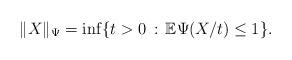
LaTeX: \begin{align*}\|X\|_{\Psi} = \inf\{t > 0\,:\,\mathbb{E}\Psi(X/t) \leq 1\}.\end{align*}